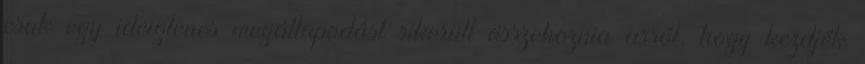
csak egy ideiglenes megállapodást sikerült összehoznia arról, hogy kezdjék